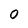
Character: 0